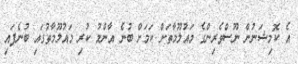
އެ ކޮމިޝަނުން ނޫސްވެރިންގެ މައުލޫމާތަށް ކަމަށް ބުނެ އާންމު ކުރި މައުލޫމާތުގައި ބުނެފައި